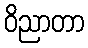
ဝိညာတာ